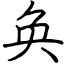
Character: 奂